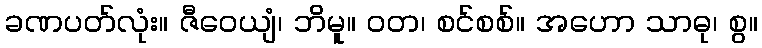
ခဏပတ်လုံး။ ဇီဝေယျံ၊ ဘိမူ။ ဝတ၊ စင်စစ်။ အဟော သာဓု၊ စွ။